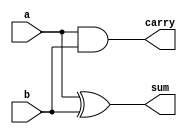
module half_adder (
  input wire a,
  input wire b,
  output reg sum,
  output reg carry
);

  always @(a or b) begin
    sum = a ^ b;
    carry = a & b;
  end

endmodule